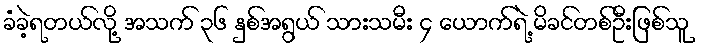
ခံခဲ့ရတယ်လို့ အသက် ၃၆ နှစ်အရွယ် သားသမီး ၄ ယောက်ရဲ့ မိခင်တစ်ဦးဖြစ်သူ